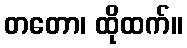
တတော၊ ထိုထက်။